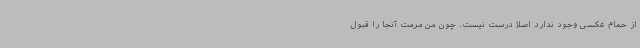
از حمام عکسی وجود ندارد اصلاً درست نیست. چون من مرمت آنجا را قبول